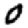
Digit: 0